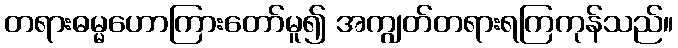
တရားဓမ္မဟောကြားတော်မူ၍ အကျွတ်တရားရကြကုန်သည်။